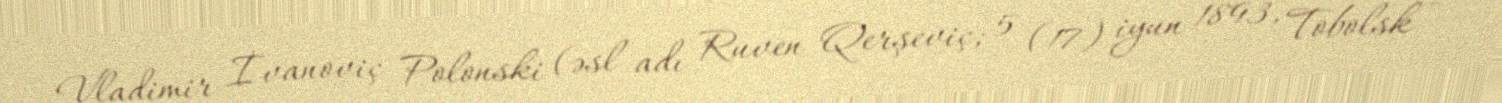
Vladimir İvanoviç Polonski (əsl adı Ruven Qerşeviç; 5 (17) iyun 1893, Tobolsk –